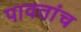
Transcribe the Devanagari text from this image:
पावतांच